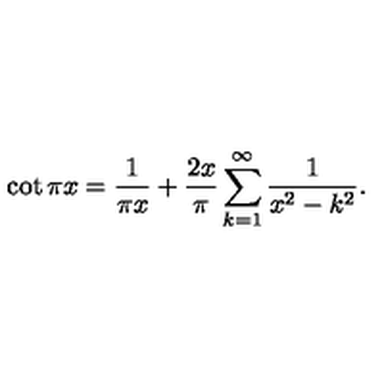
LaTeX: \cot \pi x = { \frac { 1 } { \pi x } } + { \frac { 2 x } { \pi } } \sum _ { k = 1 } ^ { \infty } { \frac { 1 } { x ^ { 2 } - k ^ { 2 } } } .